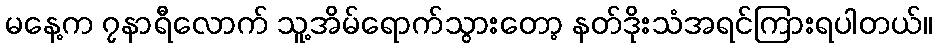
မနေ့က ၇နာရီလောက် သူ့အိမ်ရောက်သွားတော့ နတ်ဒိုးသံအရင်ကြားရပါတယ်။